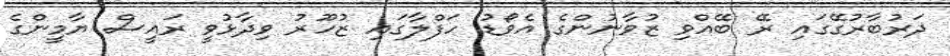
ދަރުބާރުގޭގައި ރޭ ބޭއްވި ޒުވާނުންގެ އެވޯޑު ހަފްލާގައި ޒުހޫރު ވިދާޅުވީ ރައީސް ޔާމީންގެ